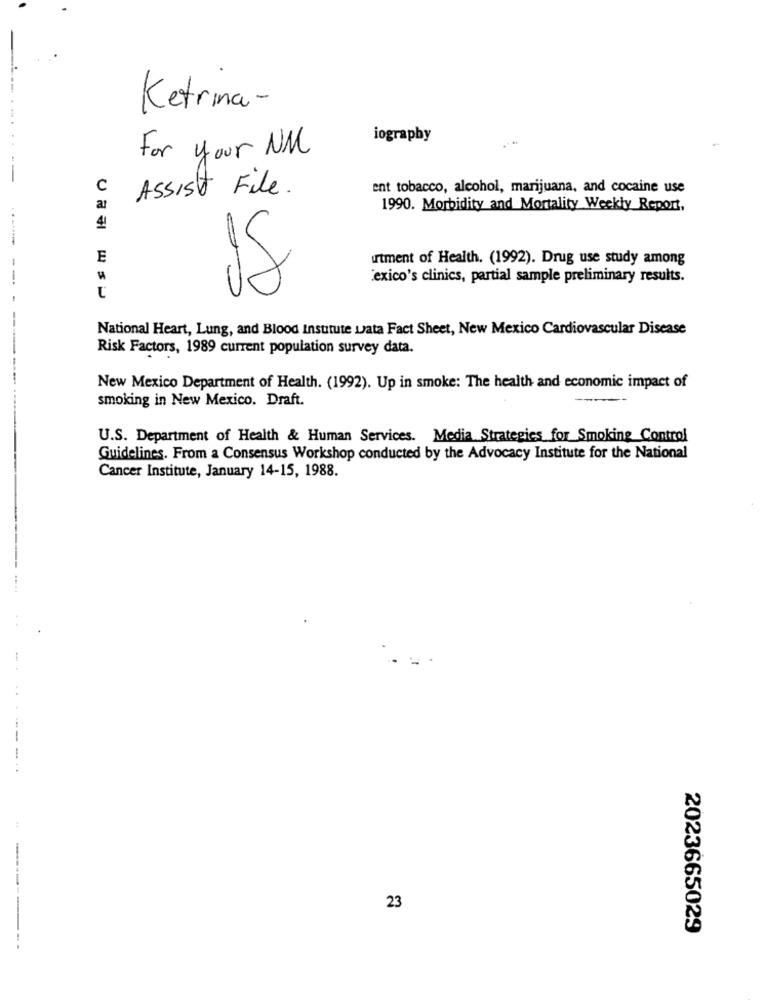
Ketrina-
iography
For your NM
C
Assist File .
ent tobacco, alcohol, marijuana, and cocaine use
ar
1990. Morbidity and Mortality Weekly Report,
41
E
urtment of Health. (1992). Drug use study among
'exico's clinics, partial sample preliminary results.
National Heart, Lung, and Blood Insutute Lata Fact Sheet, New Mexico Cardiovascular Disease
Risk Factors, 1989 current population survey data.
New Mexico Department of Health. (1992). Up in smoke: The health and economic impact of
smoking in New Mexico. Draft.
---
U.S. Department of Health & Human Services. Media Strategies for Smoking Control
Guidelines. From a Consensus Workshop conducted by the Advocacy Institute for the National
Cancer Institute, January 14-15, 1988.
--
---
23
2023665029